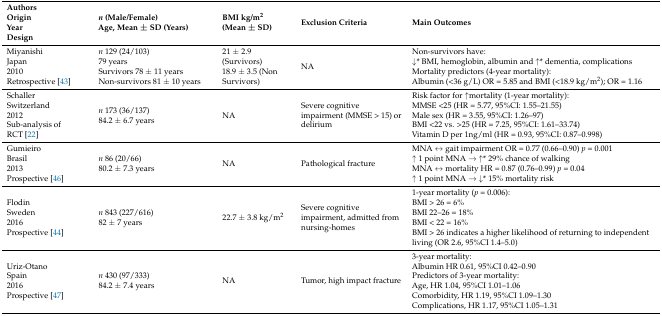
<table><thead><tr><td><b>AuthorsOriginYearDesign</b></td><td><b><i>n</i> (Male/Female)Age, Mean ± SD (Years)</b></td><td><b>BMI kg/m<sup>2</sup> (Mean ± SD)</b></td><td><b>Exclusion Criteria</b></td><td><b>Main Outcomes </b></td></tr></thead><tbody><tr><td>MiyanishiJapan2010Retrospective [43]</td><td><i>n</i> 129 (24/103)79 yearsSurvivors 78 ± 11 yearsNon-survivors 81 ± 10 years</td><td>21 ± 2.9 (Survivors)18.9 ± 3.5 (Non Survivors)</td><td>NA</td><td>Non-survivors have:↓* BMI, hemoglobin, albumin and ↑* dementia, complicationsMortality predictors (4-year mortality):Albumin (&lt;36 g/L) OR = 5.85 and BMI (&lt;18.9 kg/m<sup>2</sup>); OR = 1.16 </td></tr><tr><td>SchallerSwitzerland2012Sub-analysis of RCT [22]</td><td><i>n</i> 173 (36/137)84.2 ± 6.7 years</td><td>NA</td><td>Severe cognitive impairment (MMSE &gt; 15) or delirium</td><td>Risk factor for ↑mortality (1-year mortality):MMSE &lt;25 (HR = 5.77, 95%CI: 1.55–21.55)Male sex (HR = 3.55, 95%CI: 1.26–97)BMI &lt;22 vs. &gt;25 (HR = 7.25, 95%CI: 1.61–33.74)Vitamin D per 1ng/ml (HR = 0.93, 95%CI: 0.87–0.998)</td></tr><tr><td>GumieiroBrasil2013Prospective [46]</td><td><i>n</i> 86 (20/66)80.2 ± 7.3 years</td><td>NA</td><td>Pathological fracture</td><td>MNA ↔ gait impairment OR = 0.77 (0.66–0.90) <i>p</i> = 0.001↑ 1 point MNA → ↑* 29% chance of walkingMNA ↔ mortality HR = 0.87 (0.76–0.99) <i>p</i> = 0.04↑ 1 point MNA → ↓* 15% mortality risk</td></tr><tr><td>FlodinSweden2016Prospective [44]</td><td><i>n</i> 843 (227/616)82 ± 7 years</td><td>22.7 ± 3.8 kg/m<sup>2</sup></td><td>Severe cognitive impairment, admitted from nursing-homes</td><td>1-year mortality (<i>p</i> = 0.006):BMI &gt; 26 = 6%BMI 22–26 = 18%BMI &lt; 22 = 16%BMI &gt; 26 indicates a higher likelihood of returning to independent living (OR 2.6, 95%CI 1.4–5.0)</td></tr><tr><td>Uriz-OtanoSpain2016Prospective [47]</td><td><i>n</i> 430 (97/333)84.2 ± 7.4 years</td><td>NA</td><td>Tumor, high impact fracture</td><td>3-year mortality:Albumin HR 0.61, 95%CI 0.42–0.90Predictors of 3-year mortality:Age, HR 1.04, 95%CI 1.01–1.06Comorbidity, HR 1.19, 95%CI 1.09–1.30Complications, HR 1.17, 95%CI 1.05–1.31</td></tr></tbody></table>